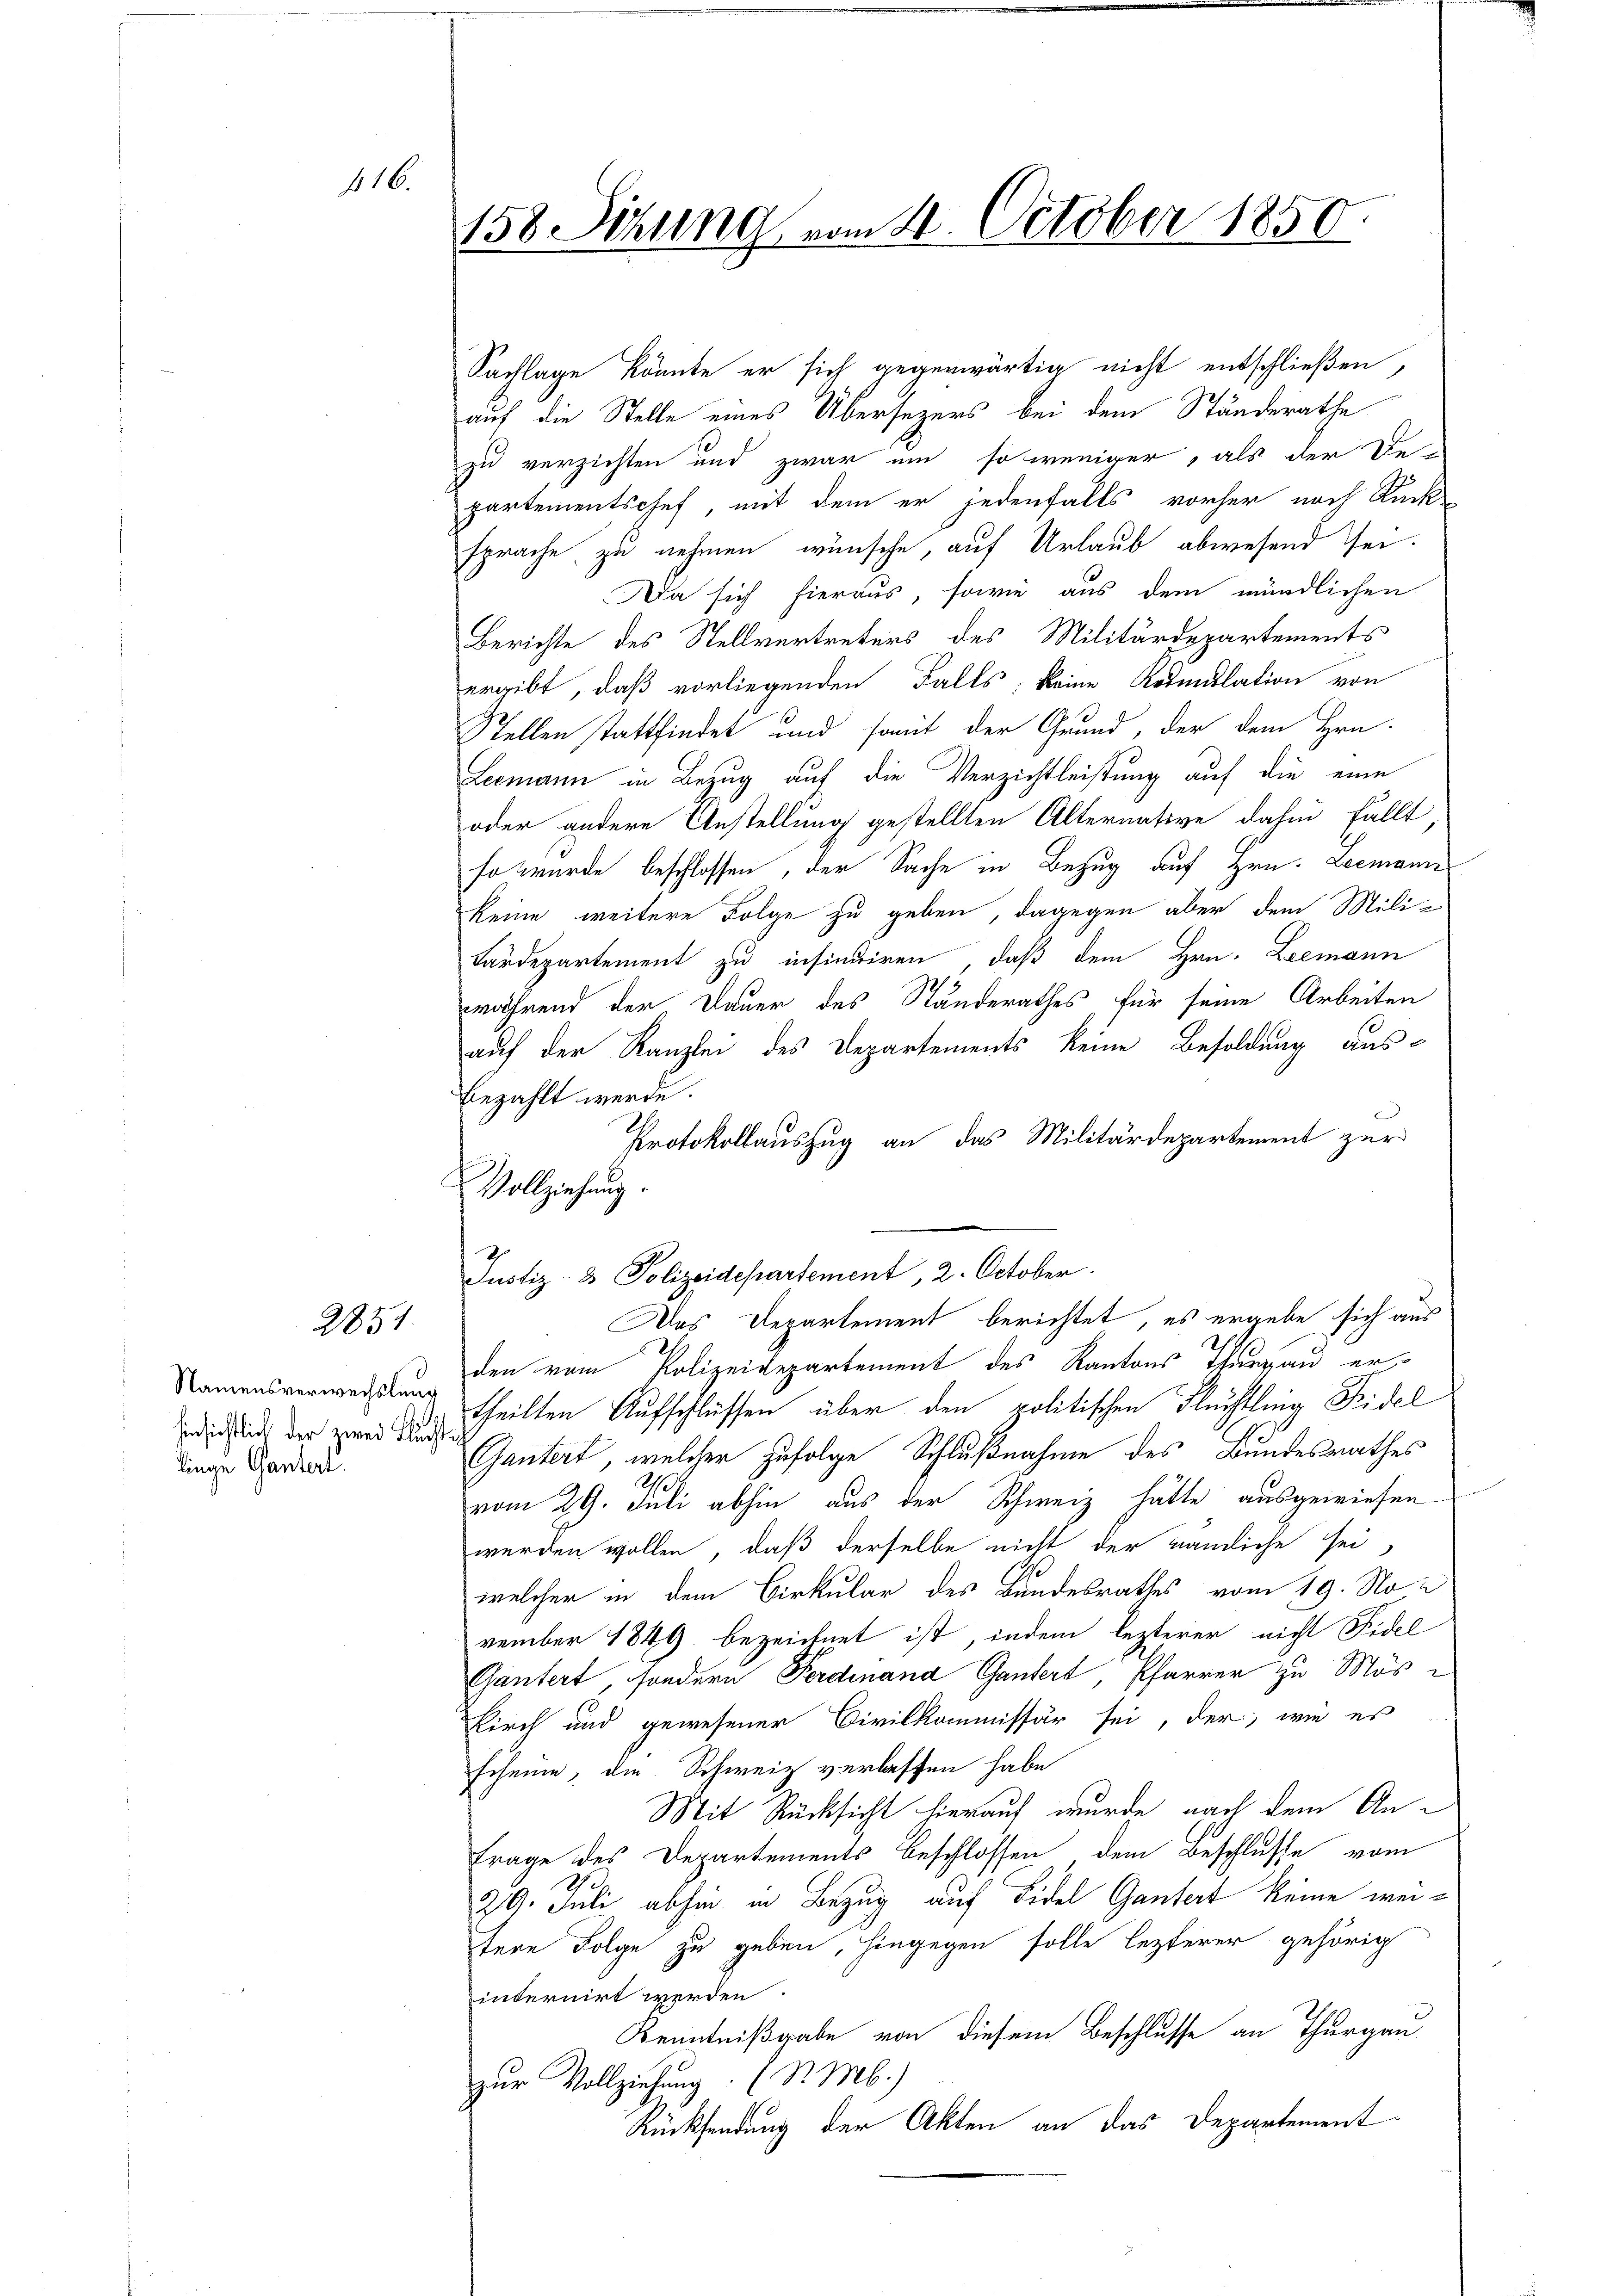
16.

2851.

Namensverwechslung
hinsichtlich der zwei Fluchtlinge Gantert.

158 Sizung vom 21. October 1850

Vollziehung.

Sachlage könnte er sich gegenwärtig nicht entschließen,
auf die Stelle eines Übersezers bei dem Ständerathe
zu verzichten und zwar um so weniger, als der Be-
partementschef, mit dem er jedenfalls vorher nach Rück-
sprache zu nehmen wünsche, auf Urlaub abwesend sei¬
Da sich hieraus, sowie aus dem mündlichen
Berichte des Stellvertreters des Militärdepartements
ergibt, daß vorliegenden Falls keine Kotulation von
Stellen stattfindet und somit der Grund, der dem Hrn.
Leemann in Bezug auf die Verzichtleistung auf die eine
oder andere Anstellung gestellten Alternative dahin fällt
so wurde beschlossen, der Sache in Bezug auf Hrn. Leemann
keine weitere Folge zu geben, dagegen aber dem Militardepartement zu insinuiren, daß dem Hrn. Leemann
während der Dauer des Standerathes für seine Arbeiten
auf der Kanzlei des Departements keine Besoldung aus-
bezahlt werde.
Protokollauszug an das Militärdepartement zur
Justiz- & Polizeidepartement, 2. October.
Das Departement berichtet, es ergebe sich aus
den vom Polizeidepartement des Kantons Thurgau ertheilten Aufschlüssen über den politischen Flüchtling Fidel
Gantert, welcher zufolge Schlußnahme des Bundesrathes
vom 29. Juli abhin aus der Schweiz hätte ausgewiesen
werden wollen, daß derselbe nicht der nämliche sei,
welcher in dem Cirkular des Bundesrathes vom 19. November 1849 bezeichnet ist, indem lezterer nicht Fidel
Gäntert, sondern Ferdinand Gandert, Pfarrer zu Mose
Kirch und gewesener Civilkommissär sei, der, wie es
scheine, die Schweiz verlassen habe
Mit Rücksicht hierauf wurde nach dem An¬
Frage des Departements beschlossen dem Beschlusse vom
29. Juli abhin in Bezug auf Fidel Gantert keine weitere Folge zu geben, hingegen solle lezterer gehörig
internirt werden.
Kenntnißgabe von diesem Beschlusse an Thurgau
zur Vollziehung. (S. Mb.)
Rücksendung der Akten an das Departement